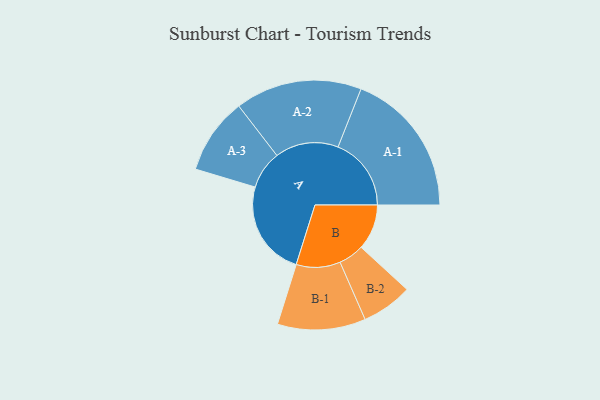
{"axis": {"x": "Segment", "y": "Value"}, "legend": ["", "A", "B"], "data": [{"x": "A", "y": 390, "type": ""}, {"x": "B", "y": 186, "type": ""}, {"x": "A-1", "y": 299, "type": "A"}, {"x": "A-2", "y": 259, "type": "A"}, {"x": "A-3", "y": 156, "type": "A"}, {"x": "B-1", "y": 180, "type": "B"}, {"x": "B-2", "y": 104, "type": "B"}]}